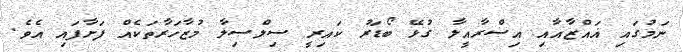
ނަމުގައި ޣައްޒާއާއި އިސްރާއީލާ ގުޅޭ ބޯޑަރު ކައިރީ ސިލްސިލާ މުޒާހަރާތަކެއް ފަށާފައި އެވެ.